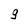
Character: g